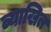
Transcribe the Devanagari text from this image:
व्याखित